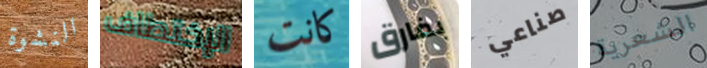
النشوة الإختطاف كانت بفارق صناعي الشعرية